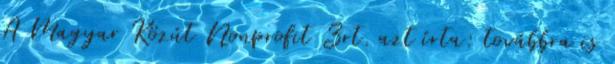
A Magyar Közút Nonprofit Zrt. azt írta: továbbra is